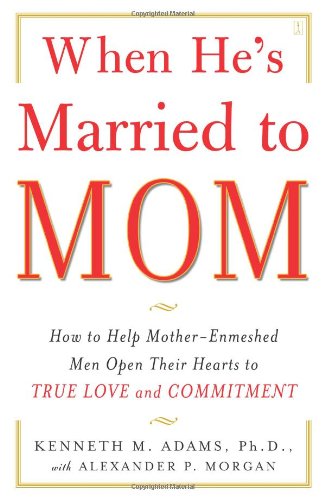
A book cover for When He's Married to Mom: How to Help Mother-Enmeshed Men Open Their Hearts to True Love and Commitment; Ph.D. Kenneth M. Adams Ph.D.; Parenting & Relationships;